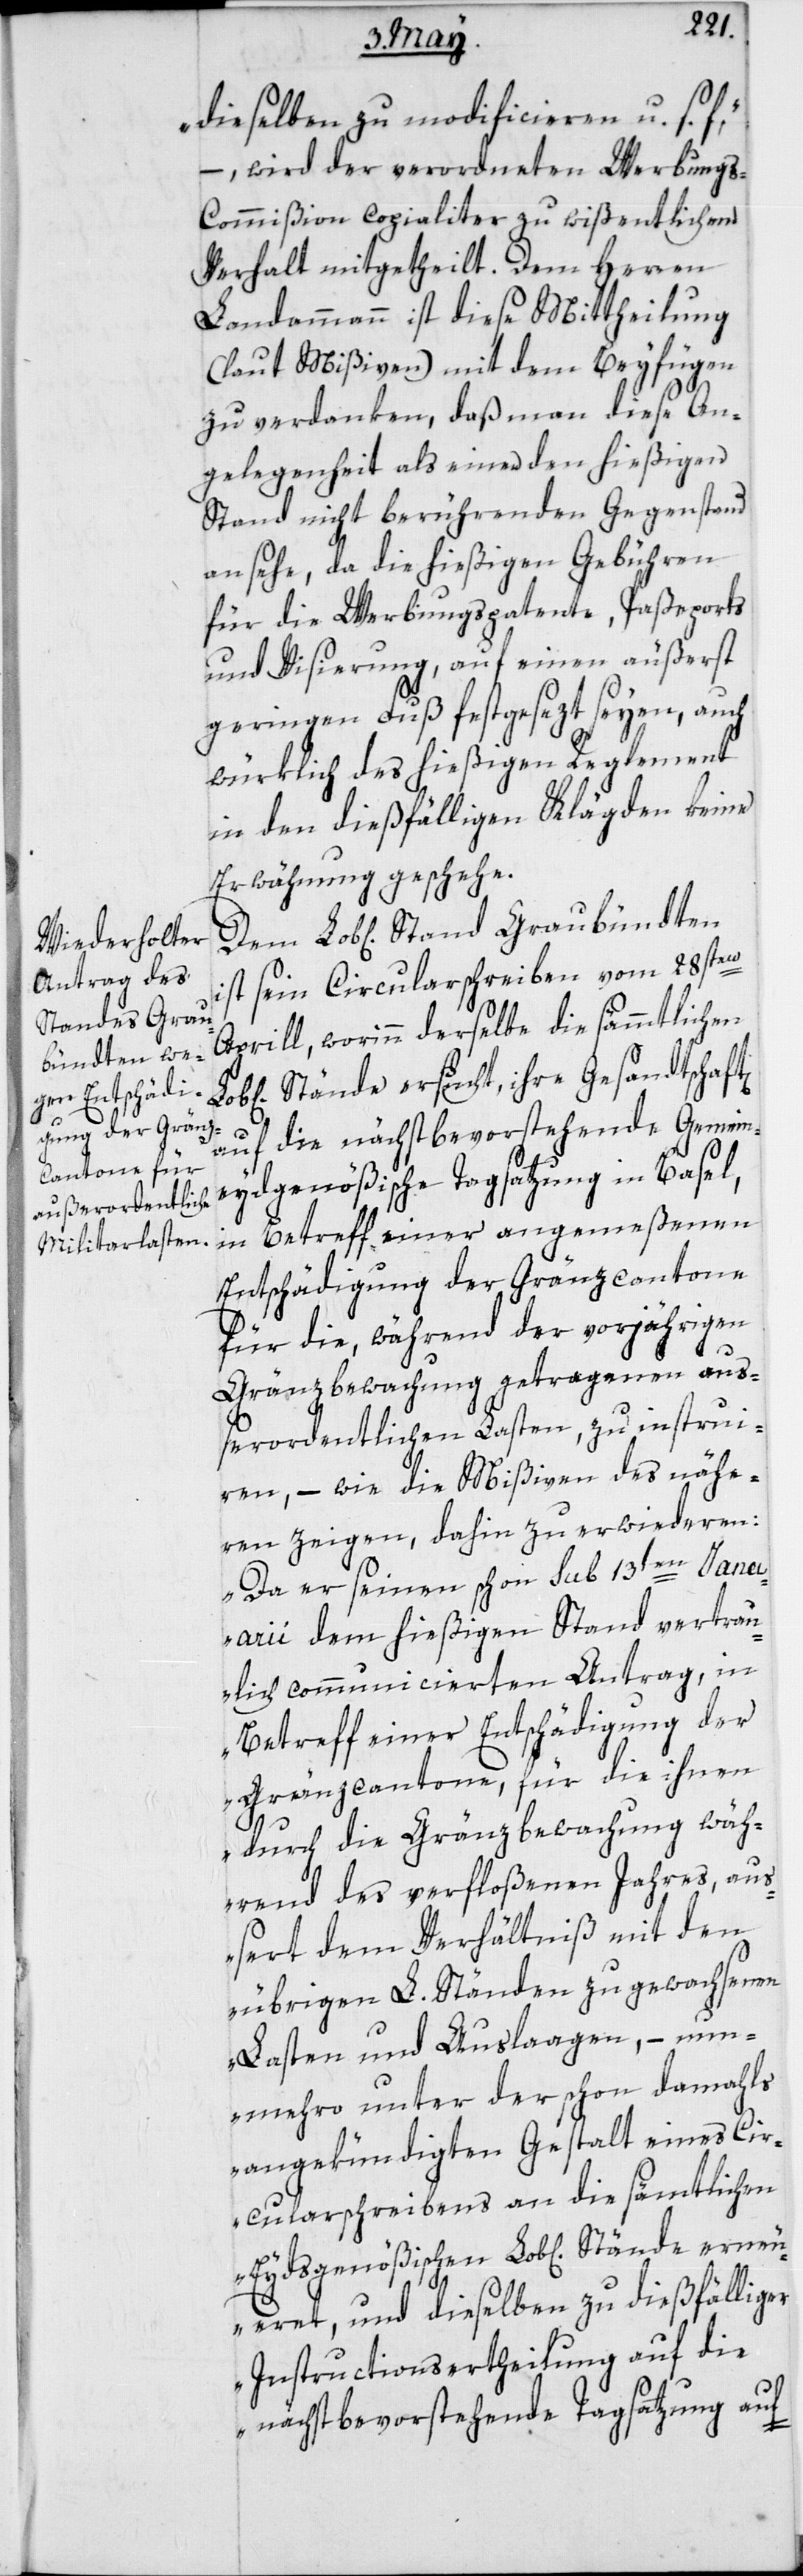
dieselben zu modificieren u. s.
– wird der verordneten Werbung¬
s-Commißion copialiter zu wißentlichem
Verhalt mitgetheilt. Dem Herren
Landammann ist diese Mittheilung
(laut Mißiven) mit dem Beyfügen
zu verdanken, daß man diese An¬
gelegenheit als eine den hießigen
Stand nicht berührenden Gegenstand
ansehe, da die hießigen Gebühren
für die Werbungspatente, Paßeports
und Visierung, auf einen äußerst
geringen Fuß festgesezt seyen, auch
würklich des hießigen Reglement
in den dießfälligen Klägden keine
Erwähnung geschehe.
ist sein Circularschreiben vom 28sten
Aprill, worinn derselbe die sämmtlichen
Stände ersucht, ihre Gesandtschaf¬
ern¬
auf die nächstbevorstehende Gemein¬
eydgenößische Tagsatzung in Basel,
in Betreff einer angemeßenen
Entschädigung der Gränzcantone
für die, während der vorjährigen
Gränzbewachung getragenen auß¬
erordentlichen Lasten, zu instrui¬
eren, – wie die Mißiven des nähe¬
ren zeigen, dahin zu erwideren:
„Da er seinen schon sub 13ten Januar¬
ii dem hießigen Stand vertrau¬
lich communicierten Antrag, in
Betreff einer Entschädigung der
Gränzcantone, für die ihnen
durch die Gränzbewachung wäh¬
rend des verfloßenen Jahres, au¬
ßert dem Verhältniß mit den
übrigen L. Ständen zugewachsenen
Lasten und Auslaagen, – nun¬
mehro unter der schon damahls
angekündigten Gestalt eines Cir¬
cularschreibens an die sämtlichen
eueret, und dieselben zu dießfälliger
Instructionsertheilung auf die
nächst bevorstehende Tagsatzung auf-